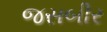
જસબીર